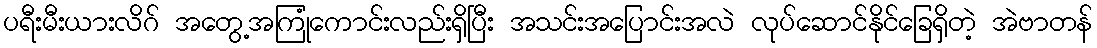
ပရီးမီးယားလိဂ် အတွေ့အကြုံကောင်းလည်းရှိပြီး အသင်းအပြောင်းအလဲ လုပ်ဆောင်နိုင်ခြေရှိတဲ့ အဲဗာတန်